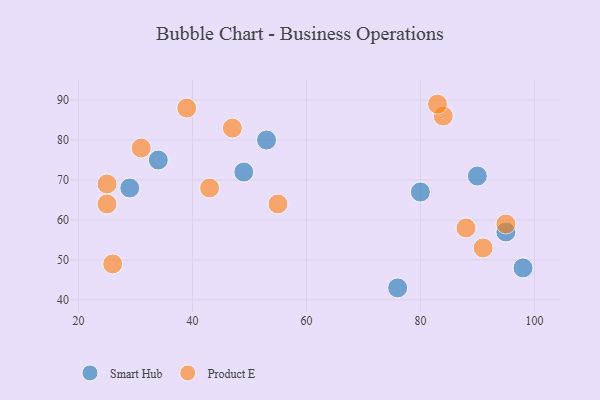
{"axis": {"x": "GDP", "y": "Life Expectancy"}, "legend": ["Product E", "Smart Hub"], "data": [{"x": "34", "y": 75, "type": "Smart Hub"}, {"x": "49", "y": 72, "type": "Smart Hub"}, {"x": "98", "y": 48, "type": "Smart Hub"}, {"x": "95", "y": 57, "type": "Smart Hub"}, {"x": "90", "y": 71, "type": "Smart Hub"}, {"x": "29", "y": 68, "type": "Smart Hub"}, {"x": "76", "y": 43, "type": "Smart Hub"}, {"x": "80", "y": 67, "type": "Smart Hub"}, {"x": "53", "y": 80, "type": "Smart Hub"}, {"x": "95", "y": 59, "type": "Product E"}, {"x": "43", "y": 68, "type": "Product E"}, {"x": "55", "y": 64, "type": "Product E"}, {"x": "31", "y": 78, "type": "Product E"}, {"x": "25", "y": 64, "type": "Product E"}, {"x": "26", "y": 49, "type": "Product E"}, {"x": "25", "y": 69, "type": "Product E"}, {"x": "39", "y": 88, "type": "Product E"}, {"x": "84", "y": 86, "type": "Product E"}, {"x": "88", "y": 58, "type": "Product E"}, {"x": "83", "y": 89, "type": "Product E"}, {"x": "91", "y": 53, "type": "Product E"}, {"x": "47", "y": 83, "type": "Product E"}]}